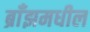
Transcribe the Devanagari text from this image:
ब्राँझमधील